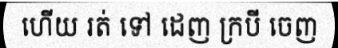
ហើយ រត់ ទៅ ដេញ ក្របី ចេញ